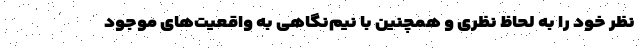
نظر خود را به‌ لحاظ نظری و همچنین با نیم‌نگاهی به واقعیت‌های موجود